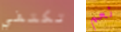
تكتفي نعم